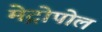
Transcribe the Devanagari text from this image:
मेट्रोपोल